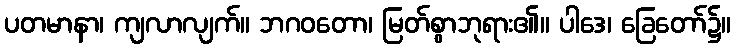
ပတမာနာ၊ ကျလာလျက်။ ဘဂဝတော၊ မြတ်စွာဘုရား၏။ ပါဒေ၊ ခြေတော်၌။